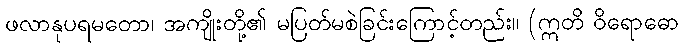
ဖလာနုပရမတော၊ အကျိုးတို့၏ မပြတ်မစဲခြင်းကြောင့်တည်း။ (ဣတိ ဝိရောဓော